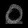
Digit: ၀